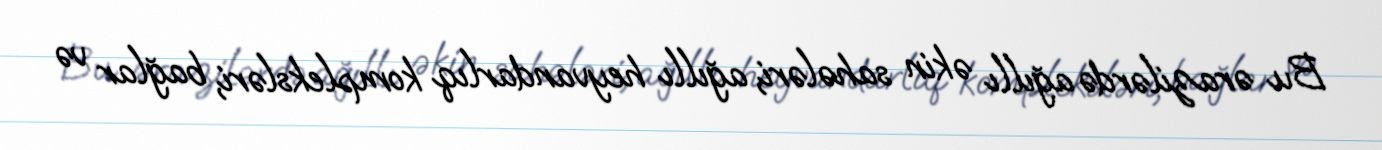
Bu ərazilərdə ağıllı əkin sahələri, ağıllı heyvandarlıq kompleksləri, bağlar və